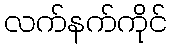
လက်နက်ကိုင်